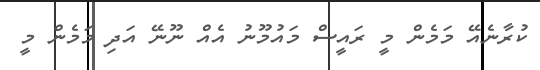
ކުރާނެއޭ މަމެން މީ ރައީސް މައުމޫނު އެއް ނޫނޭ އަދި މަމެން މީ